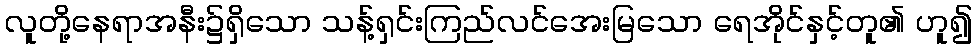
လူတို့နေရာအနီး၌ရှိသော သန့်ရှင်းကြည်လင်အေးမြသော ရေအိုင်နှင့်တူ၏ ဟူ၍